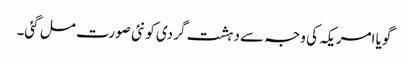
گویا امریکہ کی وجہ سے دہشت گردی کو نئی صورت مل گئی۔